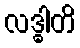
လဒ္ဓါတိ